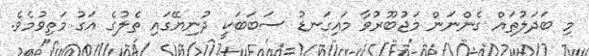
މި ބަދަލުތައް ގެންނަން މަޖުބޫރުވާ މައިގަނޑު ސަބަބަކީ ދުނިޔޭގައި ތެލުގެ އަގު މަތިވުމެވެ.